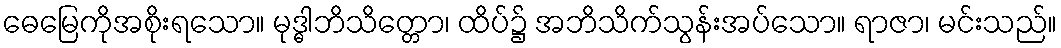
ဓေမြေကိုအစိုးရသော။ မုဒ္ဓါဘိသိတ္တော၊ ထိပ်၌ အဘိသိက်သွန်းအပ်သော။ ရာဇာ၊ မင်းသည်။